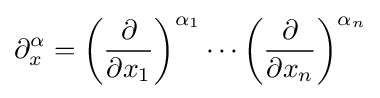
\partial _{x}^{\alpha }=\left({\frac {\partial }{\partial x_{1}}}\right)^{\alpha _{1}}\cdots \left({\frac {\partial }{\partial x_{n}}}\right)^{\alpha _{n}}